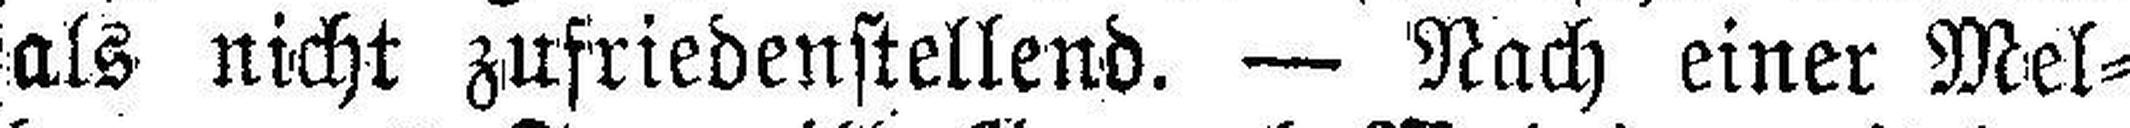
als nicht zufriedenstellend. — Nach einer Mel¬